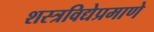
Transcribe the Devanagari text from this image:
शस्त्रविद्येप्रमाणे